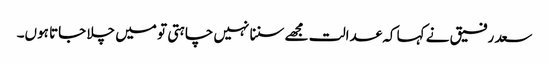
سعد رفیق نے کہا کہ عدالت مجھے سننا نہیں چاہتی تو میں چلا جاتا ہوں۔